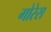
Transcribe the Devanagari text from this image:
गोरेस